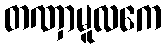
တဏှာမူလကေ